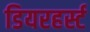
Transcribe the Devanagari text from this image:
डियरहर्स्ट